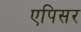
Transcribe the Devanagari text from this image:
एपिसर